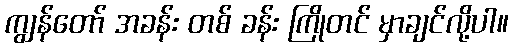
ကျွန်တော် အခန်း တစ် ခန်း ကြိုတင် မှာချင်လို့ပါ။